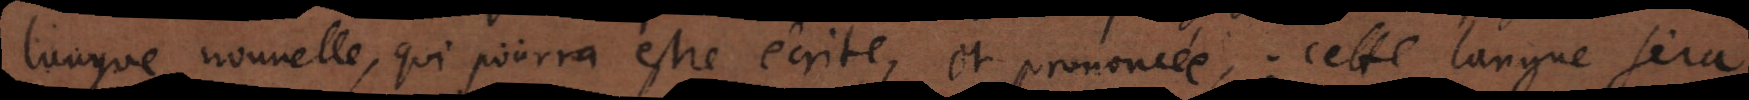
langue nouvelle, qui pourra estre écrite, et prononcée: cette langue sera